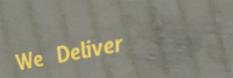
We Deliver